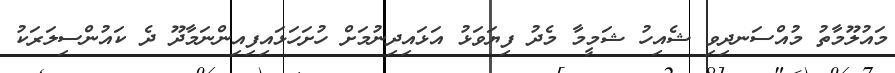
މައުލޫމާތު މުއްސަނދިވި ޝެއިހު ޝަމީމާ މެދު ފިޔަވަޅު އަޅައިދިނުމަށް ހުށަހަޅައިފިއިންނަމާދޫ ދެ ކައުންސިލަރަކު